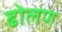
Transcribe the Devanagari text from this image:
ढोलण